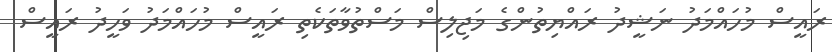
ރައީސް މުހައްމަދު ނަޝީދު ރައްޔިތުންގެ މަޖިލިސް މަސްތުވާތަކެތި ރައީސް މުހައްމަދު ވަހީދު ރައީސް